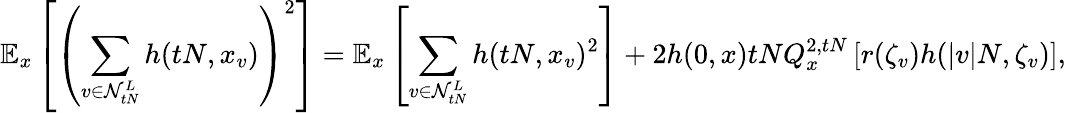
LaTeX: \mathbb{E}_{x}\left[\left(\sum_{v\in\mathcal{N}_{tN}^{L}}h(tN,x_{v})\right)^{2}\right]=\mathbb{E}_{x}\left[\sum_{v\in\mathcal{N}_{tN}^{L}}h(tN,x_{v})^{2}\right]+{2h(0,x)tNQ_{x}^{2,tN}\left[r(\zeta_{v})h(|v|N,\zeta_{v})\right]},